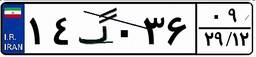
۱۴گ۰۳۶۰۹